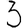
Digit: 3